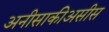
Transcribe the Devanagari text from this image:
अनीसाकीअसीस